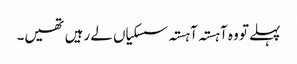
پہلے تو وہ آہستہ آہستہ سسکیاں لے رہیں تھیں۔